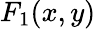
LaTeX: F_{1}(x,y)